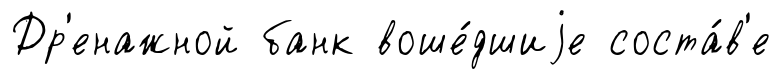
Др'енажной банк воше́дшиjе соста́в'е